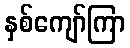
နှစ်ကျော်ကြာ